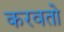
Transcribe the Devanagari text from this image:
करवतो